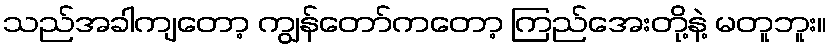
သည်အခါကျတော့ ကျွန်တော်ကတော့ ကြည်အေးတို့နဲ့ မတူဘူး။